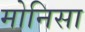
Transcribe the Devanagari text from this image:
मोनिसा